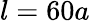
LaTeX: l=60a